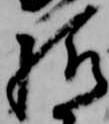
子